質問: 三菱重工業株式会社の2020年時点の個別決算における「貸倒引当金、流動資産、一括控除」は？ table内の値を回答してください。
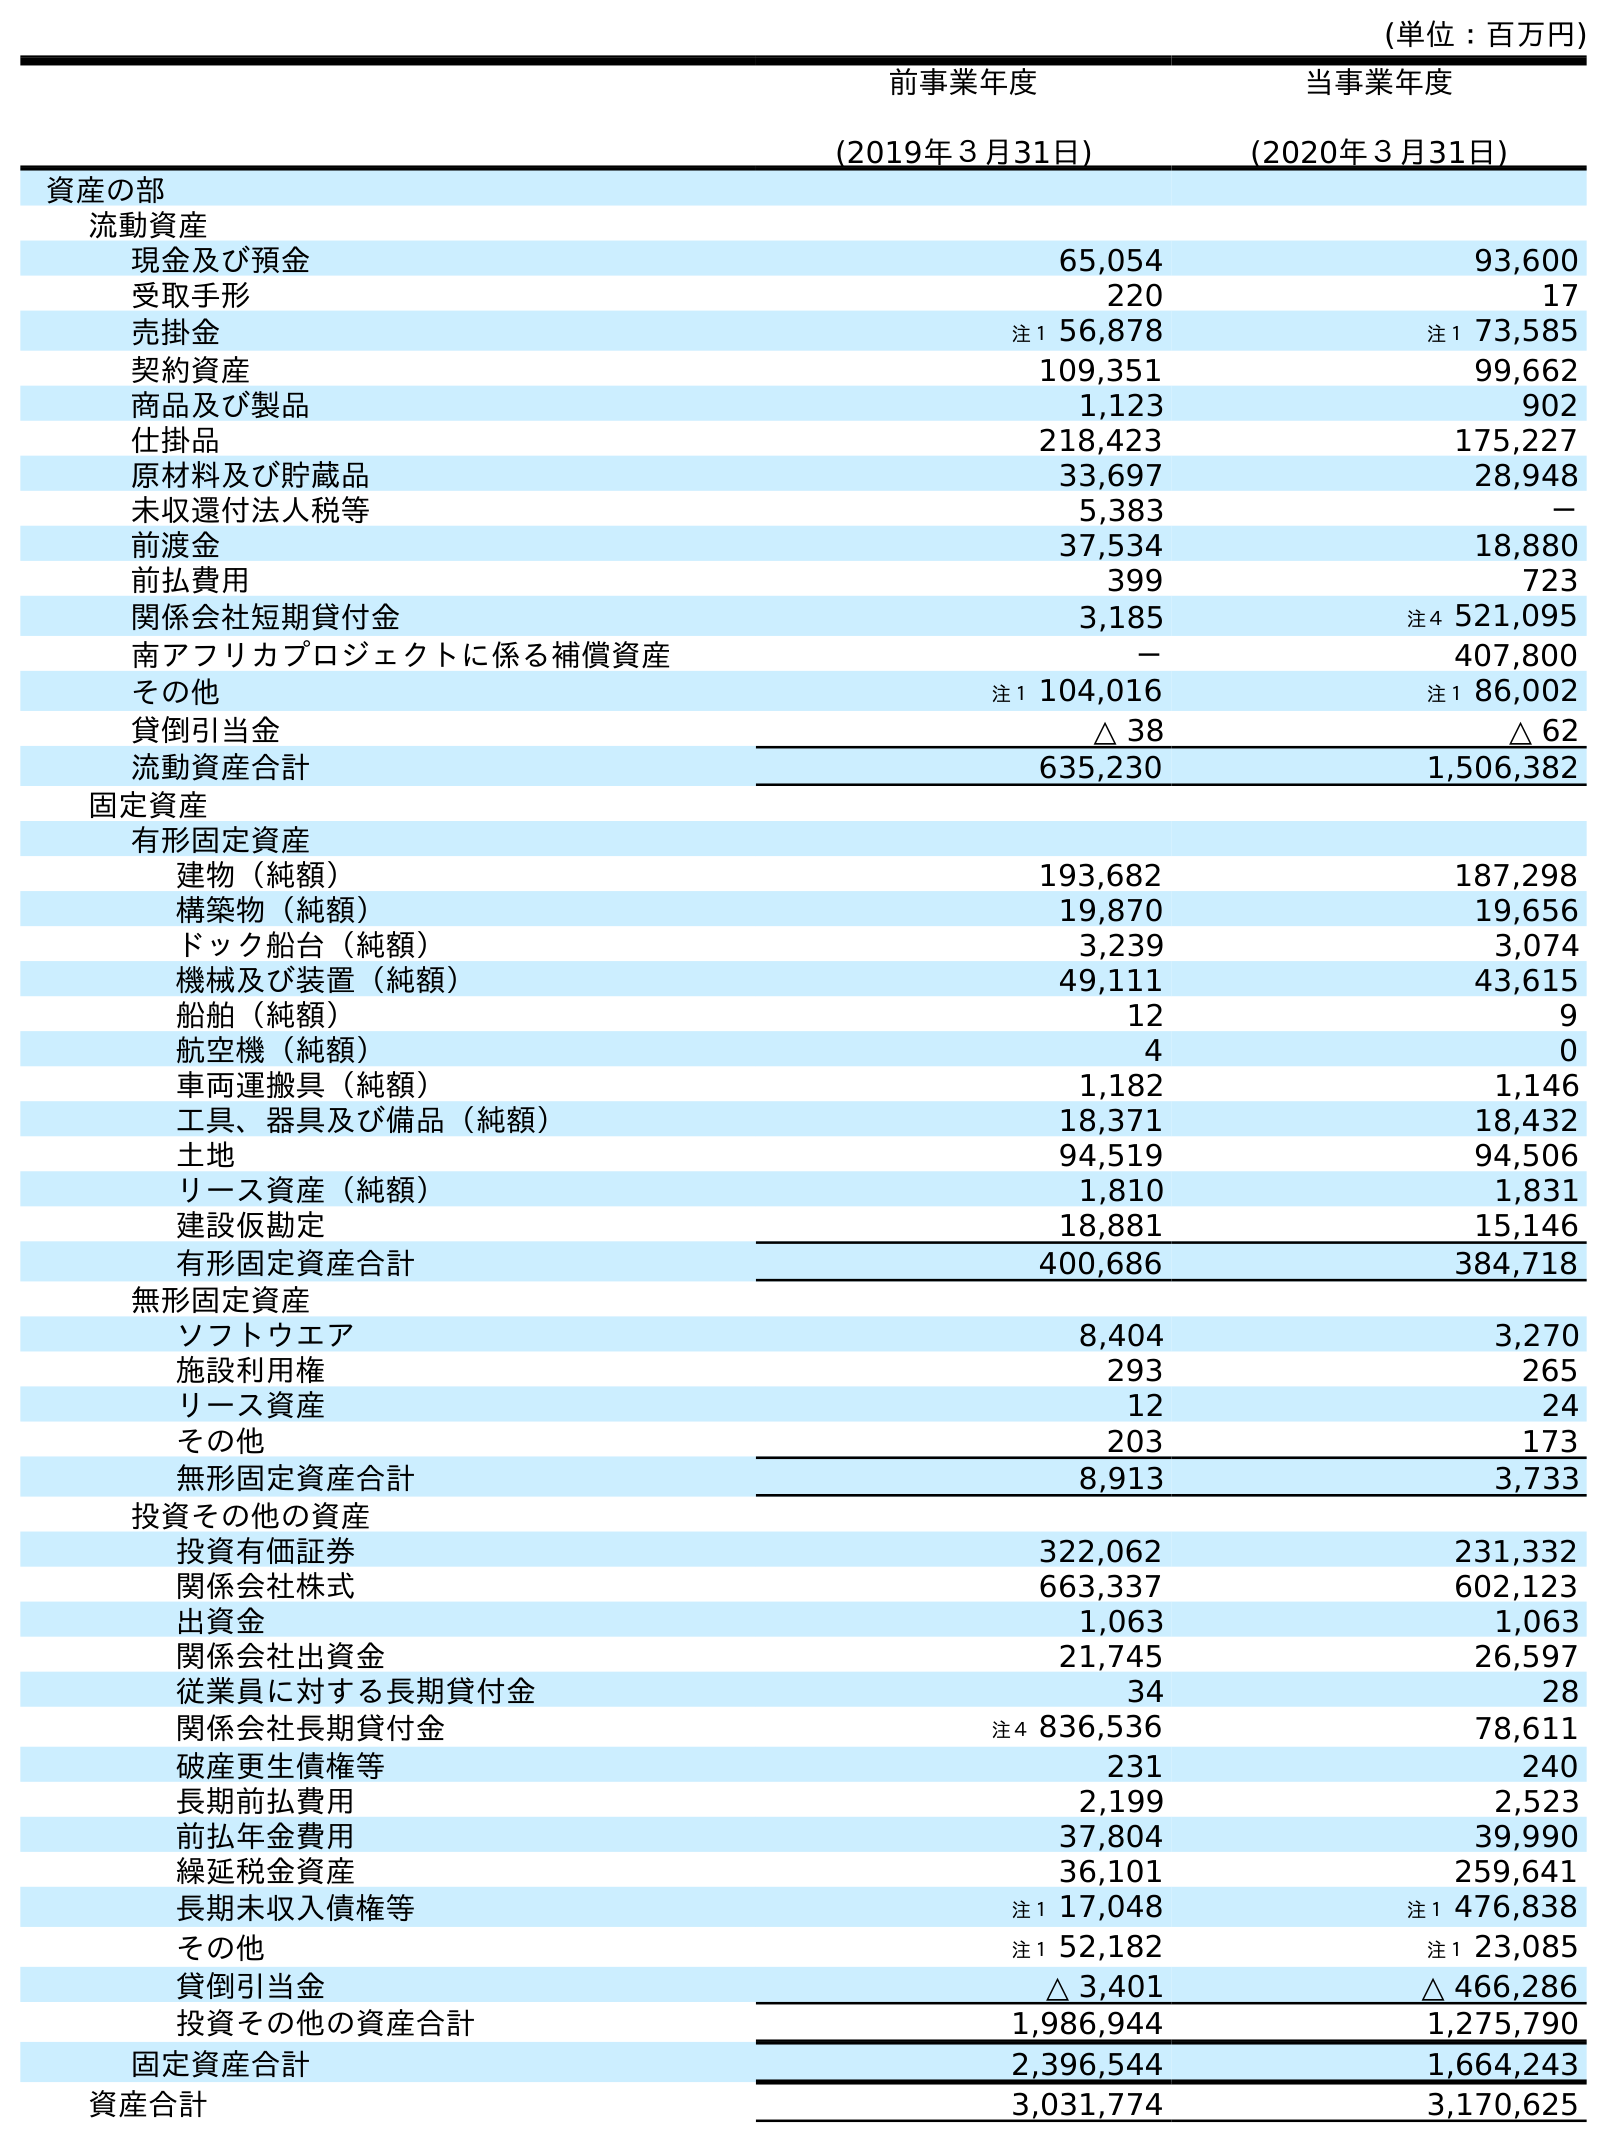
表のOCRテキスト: (単位：百万円) 前事業年度 (2019年３月31日) 当事業年度 (2020年３月31日) 資産の部 流動資産 現金及び預金 65,054 93,600 受取手形 220 17 売掛金 注１ 56,878 注１ 73,585 契約資産 109,351 99,662 商品及び製品 1,123 902 仕掛品 218,423 175,227 原材料及び貯蔵品 33,697 28,948 未収還付法人税等 5,383 － 前渡金 37,534 18,880 前払費用 399 723 関係会社短期貸付金 3,185 注４ 521,095 南アフリカプロジェクトに係る補償資産 － 407,800 その他 注１ 104,016 注１ 86,002 貸倒引当金 △ 38 △ 62 流動資産合計 635,230 1,506,382 固定資産 有形固定資産 建物（純額） 193,682 187,298 構築物（純額） 19,870 19,656 ドック船台（純額） 3,239 3,074 機械及び装置（純額） 49,111 43,615 船舶（純額） 12 9 航空機（純額） 4 0 車両運搬具（純額） 1,182 1,146 工具、器具及び備品（純額） 18,371 18,432 土地 94,519 94,506 リース資産（純額） 1,810 1,831 建設仮勘定 18,881 15,146 有形固定資産合計 400,686 384,718 無形固定資産 ソフトウエア 8,404 3,270 施設利用権 293 265 リース資産 12 24 その他 203 173 無形固定資産合計 8,913 3,733 投資その他の資産 投資有価証券 322,062 231,332 関係会社株式 663,337 602,123 出資金 1,063 1,063 関係会社出資金 21,745 26,597 従業員に対する長期貸付金 34 28 関係会社長期貸付金 注４ 836,536 78,611 破産更生債権等 231 240 長期前払費用 2,199 2,523 前払年金費用 37,804 39,990 繰延税金資産 36,101 259,641 長期未収入債権等 注１ 17,048 注１ 476,838 その他 注１ 52,182 注１ 23,085 貸倒引当金 △ 3,401 △ 466,286 投資その他の資産合計 1,986,944 1,275,790 固定資産合計 2,396,544 1,664,243 資産合計 3,031,774 3,170,625
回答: △62